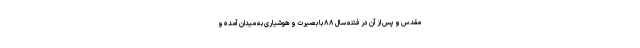
مقدس و پس از آن در فتنه سال ۸۸ با بصیرت و هوشیاری به میدان آمده و